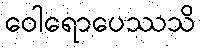
ဝေါရောပေဿသိ